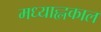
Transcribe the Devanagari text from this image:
मध्याह्लकाल